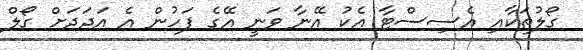
ގޯލުތަކާއި އެސިސްޓާ އެކު އޭނާ ވަނީ އޭގެ ފަހުން އެ އަދަދަށް ގޯލް